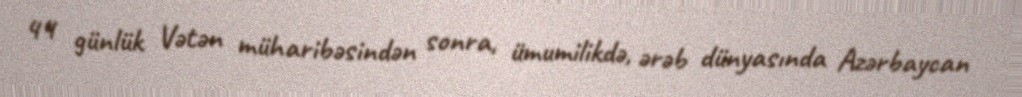
44 günlük Vətən müharibəsindən sonra, ümumilikdə, ərəb dünyasında Azərbaycan